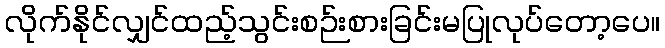
လိုက်နိုင်လျှင်ထည့်သွင်းစဉ်းစားခြင်းမပြုလုပ်တော့ပေ။